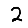
Digit: 2